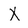
Character: X